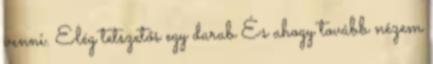
venni. Elég tetszetős egy darab És ahogy tovább nézem